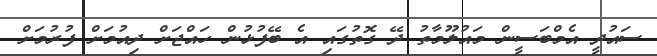
ސައުދީ އެމްބަސީން މައުލޫމާތު ދޭ ގޮތުގައި އެ ބޭފުޅުން ހައްޖަށް ދިއުމަށް ފުރުމަށް